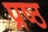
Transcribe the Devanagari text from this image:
प्रष्ठ